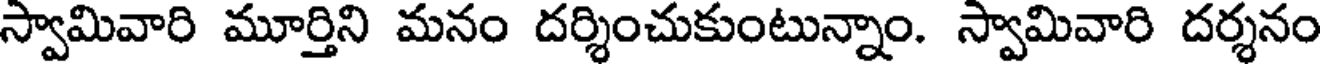
స్వామివారి మూర్తిని మనం దర్శించుకుంటున్నాం. స్వామివారి దర్శనం